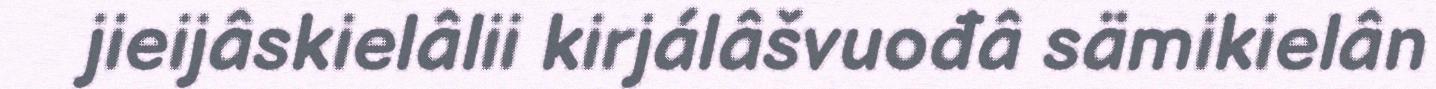
jieijâskielâlii kirjálâšvuođâ sämikielân